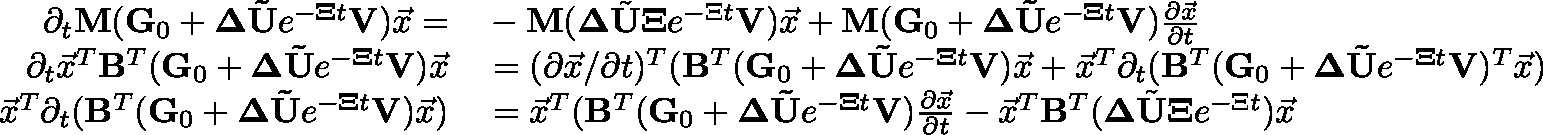
\begin{array} { r l } { \partial _ { t } \mathbf { M } ( \mathbf { G } _ { 0 } + \mathbf { \Delta } \mathbf { \tilde { U } } e ^ { - \mathbf { \Xi } t } \mathbf { V } ) \vec { x } = } & { { } - \mathbf { M } ( \mathbf { \Delta } \tilde { \mathbf { U } } \mathbf { \Xi } e ^ { - \Xi t } \mathbf { V } ) \vec { x } + \mathbf { M } ( \mathbf { G } _ { 0 } + \mathbf { \Delta } \mathbf { \tilde { U } } e ^ { - \mathbf { \Xi } t } \mathbf { V } ) \frac { \partial \vec { x } } { \partial t } } \\ { \partial _ { t } \vec { x } ^ { T } \mathbf { B } ^ { T } ( \mathbf { G } _ { 0 } + \mathbf { \Delta } \mathbf { \tilde { U } } e ^ { - \mathbf { \Xi } t } \mathbf { V } ) \vec { x } } & { { } = ( \partial \vec { x } / \partial t ) ^ { T } ( \mathbf { B } ^ { T } ( \mathbf { G } _ { 0 } + \mathbf { \Delta } \mathbf { \tilde { U } } e ^ { - \mathbf { \Xi } t } \mathbf { V } ) \vec { x } + \vec { x } ^ { T } \partial _ { t } ( \mathbf { B } ^ { T } ( \mathbf { G } _ { 0 } + \mathbf { \Delta } \mathbf { \tilde { U } } e ^ { - \mathbf { \Xi } t } \mathbf { V } ) ^ { T } \vec { x } ) } \\ { \vec { x } ^ { T } \partial _ { t } ( \mathbf { B } ^ { T } ( \mathbf { G } _ { 0 } + \mathbf { \Delta } \mathbf { \tilde { U } } e ^ { - \mathbf { \Xi } t } \mathbf { V } ) \vec { x } ) } & { { } = \vec { x } ^ { T } ( \mathbf { B } ^ { T } ( \mathbf { G } _ { 0 } + \mathbf { \Delta } \mathbf { \tilde { U } } e ^ { - \mathbf { \Xi } t } \mathbf { V } ) \frac { \partial \vec { x } } { \partial t } - \vec { x } ^ { T } \mathbf { B } ^ { T } ( \mathbf { \Delta } \tilde { \mathbf { U } } \mathbf { \Xi } e ^ { - \Xi t } ) \vec { x } } \end{array}